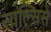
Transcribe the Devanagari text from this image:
साल्सिसे